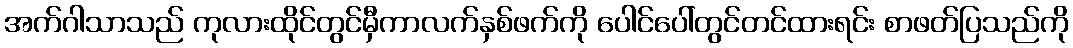
အက်ဂါသာသည် ကုလားထိုင်တွင်မှီကာလက်နှစ်ဖက်ကို ပေါင်ပေါ်တွင်တင်ထားရင်း စာဖတ်ပြသည်ကို